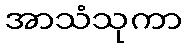
အာသံသုကာ